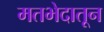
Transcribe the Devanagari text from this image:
मतभेदातून